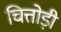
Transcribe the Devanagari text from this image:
चित्तोड़ी